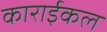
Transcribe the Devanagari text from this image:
काराईकल